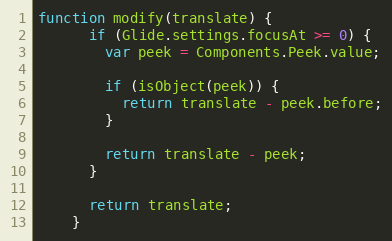
Language: JavaScript
function modify(translate) {
      if (Glide.settings.focusAt >= 0) {
        var peek = Components.Peek.value;

        if (isObject(peek)) {
          return translate - peek.before;
        }

        return translate - peek;
      }

      return translate;
    }